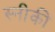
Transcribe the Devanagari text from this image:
स्नीकी